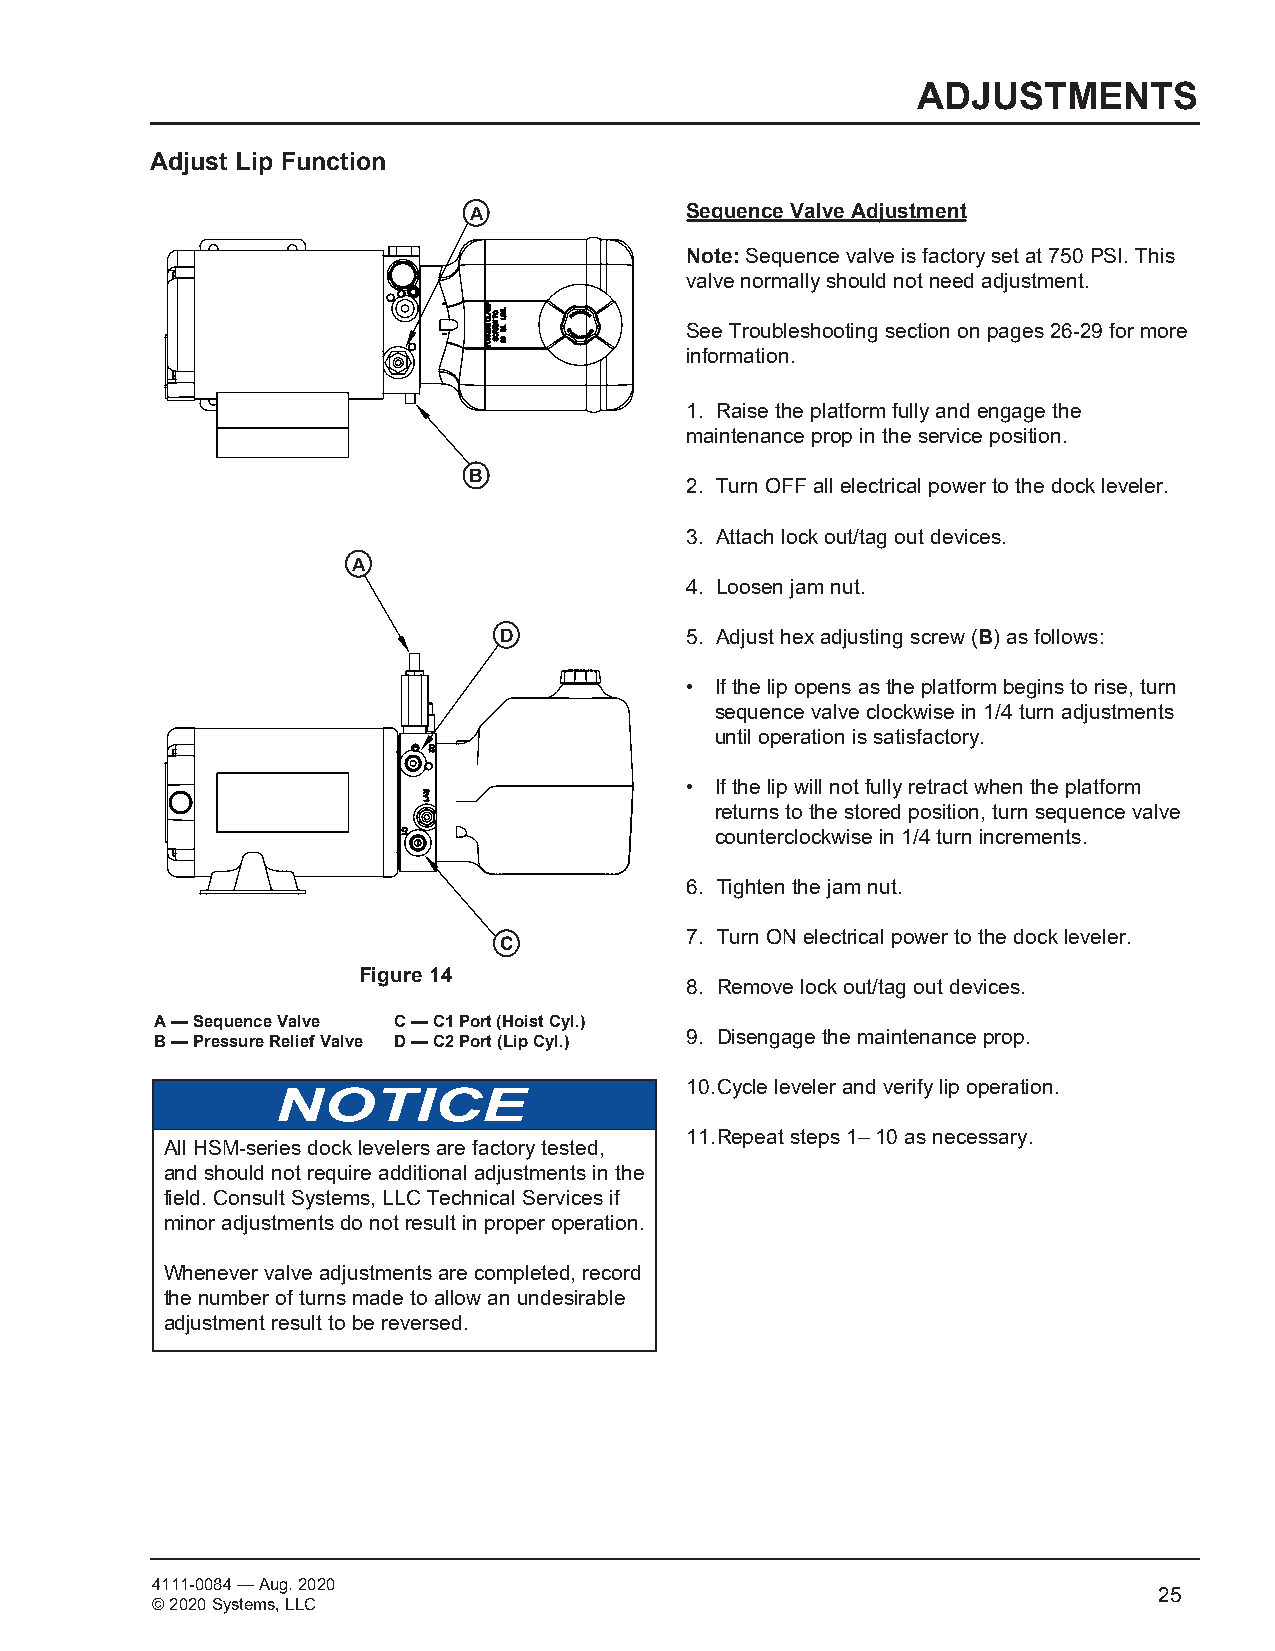
ADJUSTMENTS
 Adjust Lip Function
 A             Sequence Valve Adjustment
 Note: Sequence valve is factory set at 750 PSI. This
 valve normally should not need adjustment.
 See Troubleshooting section on pages 26-29 for more
 information.
 1. Raise the platform fully and engage the
 maintenance prop in the service position.
 B
 2. Turn OFF all electrical power to the dock leveler.
 3. Attach lock out/tag out devices.
 A
 4. Loosen jam nut.
 D           5. Adjust hex adjusting screw (B) as follows:
 • If the lip opens as the platform begins to rise, turn
 sequence valve clockwise in 1/4 turn adjustments
 until operation is satisfactory.
 • If the lip will not fully retract when the platform
 returns to the stored position, turn sequence valve
 counterclockwise in 1/4 turn increments.
 6. Tighten the jam nut.
 7. Turn ON electrical power to the dock leveler.
 C
 Figure 14
 8. Remove lock out/tag out devices.
 A — Sequence Valve C — C1 Port (Hoist Cyl.)
 9. Disengage the maintenance prop.
 B — Pressure Relief Valve D — C2 Port (Lip Cyl.)
 10. Cycle leveler and verify lip operation.
 11. Repeat steps 1– 10 as necessary.
 All HSM-series dock levelers are factory tested,
 and should not require additional adjustments in the
 field. Consult Systems, LLC Technical Services if
 minor adjustments do not result in proper operation.
 Whenever valve adjustments are completed, record
 the number of turns made to allow an undesirable
 adjustment result to be reversed.
 4111-0084 — Aug. 2020
 © 2020 Systems, LLC
 2255